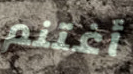
أغتنم